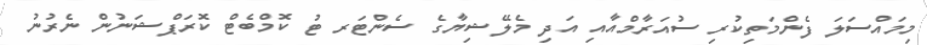
މިމައްސަލަ ފެންމަތިކުރި ސުއަރާމްއާއި އަދި މެލޭޝިޔާގެ ސެންޓަރ ޓު ކޮމްބެޓް ކޮރަޕްޝަނުން ނެރުނު